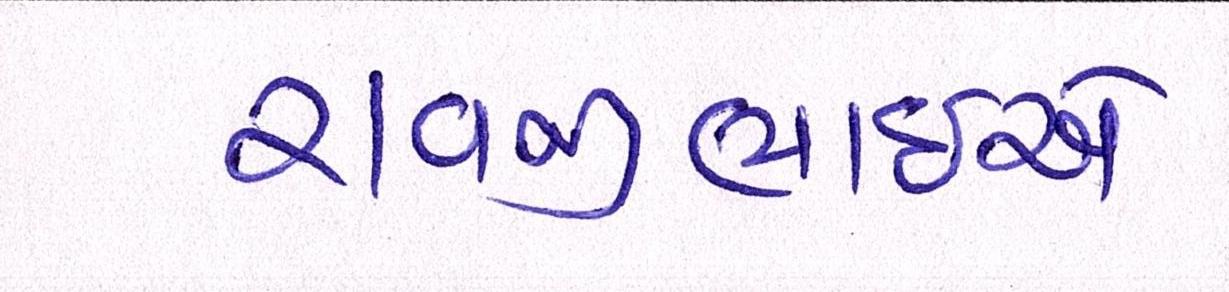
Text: રાવજીભાઈએ